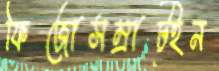
ফিজোসম্রাট্‌ইন